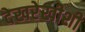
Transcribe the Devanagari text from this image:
देखरेखीशी